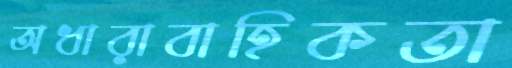
অধারাবাহিকতা